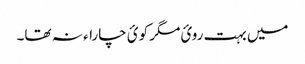
میں بہت روئ مگر کوئ چاراء نہ تھا۔